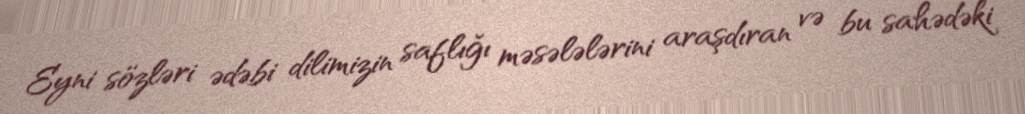
Eyni sözləri ədəbi dilimizin saflığı məsələlərini araşdıran və bu sahədəki